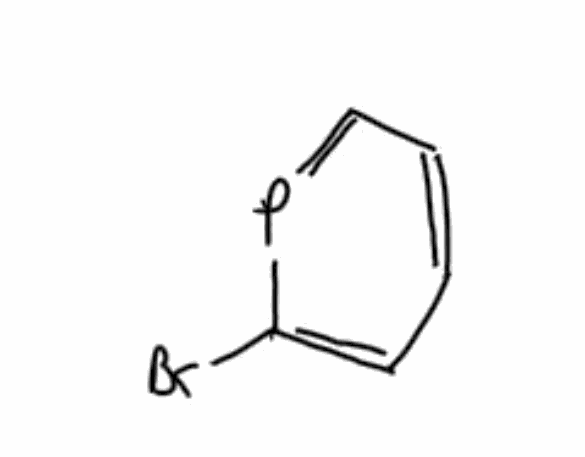
Simplified molecular-input line-entry system (SMILES) notation of the given molecule:
C1=CC=PC(=C1)Br